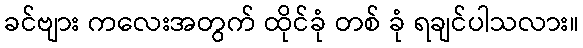
ခင်ဗျား ကလေးအတွက် ထိုင်ခုံ တစ် ခုံ ရချင်ပါသလား။